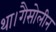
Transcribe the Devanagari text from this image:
था।गैसोलीन